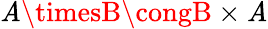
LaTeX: \mathit{A}\timesB\congB\times\mathit{A}